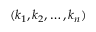
( k _ { 1 } , k _ { 2 } , \ldots , k _ { n } )